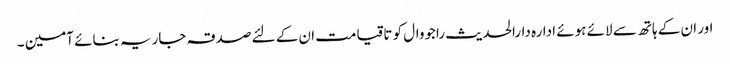
اور ان کے ہاتھ سے لائے ہوئے ادارہ دارالحدیث راجووال کو تاقیامت ان کے لئے صدقہ جاریہ بنائے آمین ۔